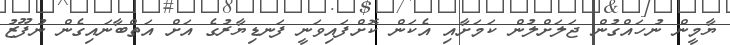
ޔާމީން ނުހައްގުން ޖަލަށްލުން ކަމަށާއި އެކަން ކޮށްފައިވަނީ ފަނޑިޔާރުގެ އަށް އަތްބާނައިގެން ނުފޫޒު